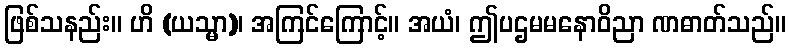
ဖြစ်သနည်း။ ဟိ (ယသ္မာ)၊ အကြင်ကြောင့်။ အယံ၊ ဤပဌမမနောဝိညာ ဏဓာတ်သည်။